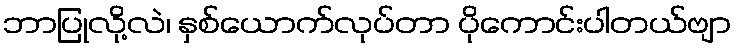
ဘာပြုလို့လဲ၊ နှစ်ယောက်လုပ်တာ ပိုကောင်းပါတယ်ဗျာ